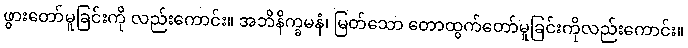
ဖွားတော်မူခြင်းကို လည်းကောင်း။ အဘိနိက္ခမနံ၊ မြတ်သော တောထွက်တော်မူခြင်းကိုလည်းကောင်း။